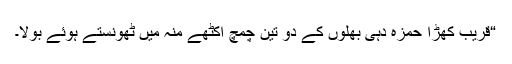
“قریب کھڑا حمزہ دہی بھلوں کے دو تین چمچ اکٹھے منہ میں ٹھونستے ہوئے بولا۔